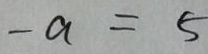
- a = 5